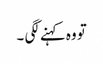
تو وہ کہنے لگی ۔